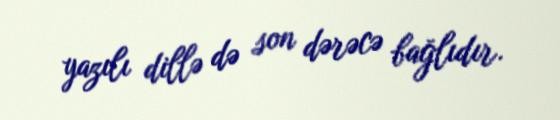
yazılı dillə də son dərəcə bağlıdır.